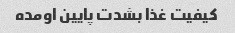
کیفیت غذا بشدت پایین اومده